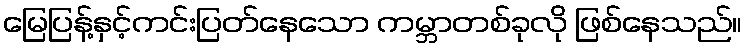
မြေပြန့်နှင့်ကင်းပြတ်နေသော ကမ္ဘာတစ်ခုလို ဖြစ်နေသည်။